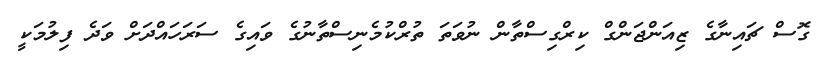
ގޮސް ޗައިނާގެ ޒިއަންޖަންގް ކިރްގިސްތާން ނުވަތަ ތުރްކުމެނިސްތާނުގެ ވައިގެ ސަރަހައްދަށް ވަދެ ފިލުމަކީ